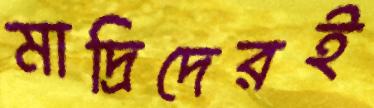
মাদ্রিদেরই